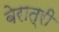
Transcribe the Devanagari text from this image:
बेरात्री